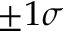
\pm 1 \sigma